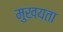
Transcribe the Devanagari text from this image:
मुखयता